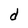
Character: d